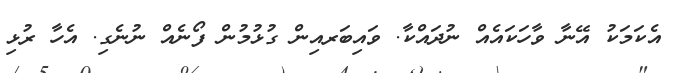
އެކަމަކު އޭނާ ވާހަކައެއް ނުދައްކާ. ވައިބަރއިން ގުޅުމުން ފޯނެއް ނުނެގި. އެހާ ރުޅި